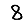
Digit: 8